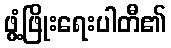
ဖွံ့ဖြိုးရေးပါတီ၏